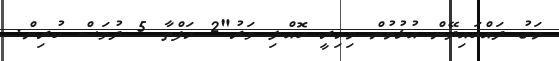
މަގު ދައްކައިދޭން އުޅުމުން މިހިރީ ކޮއްލި ވަރު"2 ހަފްތާ 5 ދުވަސް ކުރިން.